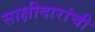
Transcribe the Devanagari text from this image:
साक्षीदारांची